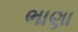
ભાણા